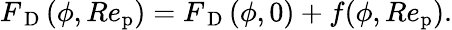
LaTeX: {F_{\mathrm{~D~}}}(\phi,Re_{\mathrm{p}})={F_{\mathrm{~D~}}}(\phi,0)+{f}(\phi,Re_{\mathrm{p}}).